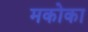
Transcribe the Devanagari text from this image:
मकोका